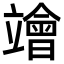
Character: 𥫁